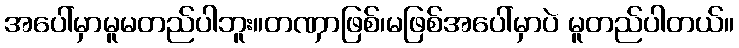
အပေါ်မှာမူမတည်ပါဘူး။တဏှာဖြစ်၊မဖြစ်အပေါ်မှာပဲ မူတည်ပါတယ်။